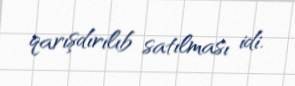
qarışdırılıb satılması idi.